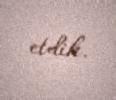
etdik.